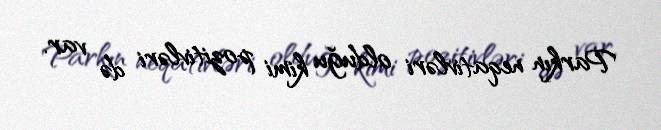
Parkın neqativləri olduğu kimi pozitivləri də var.